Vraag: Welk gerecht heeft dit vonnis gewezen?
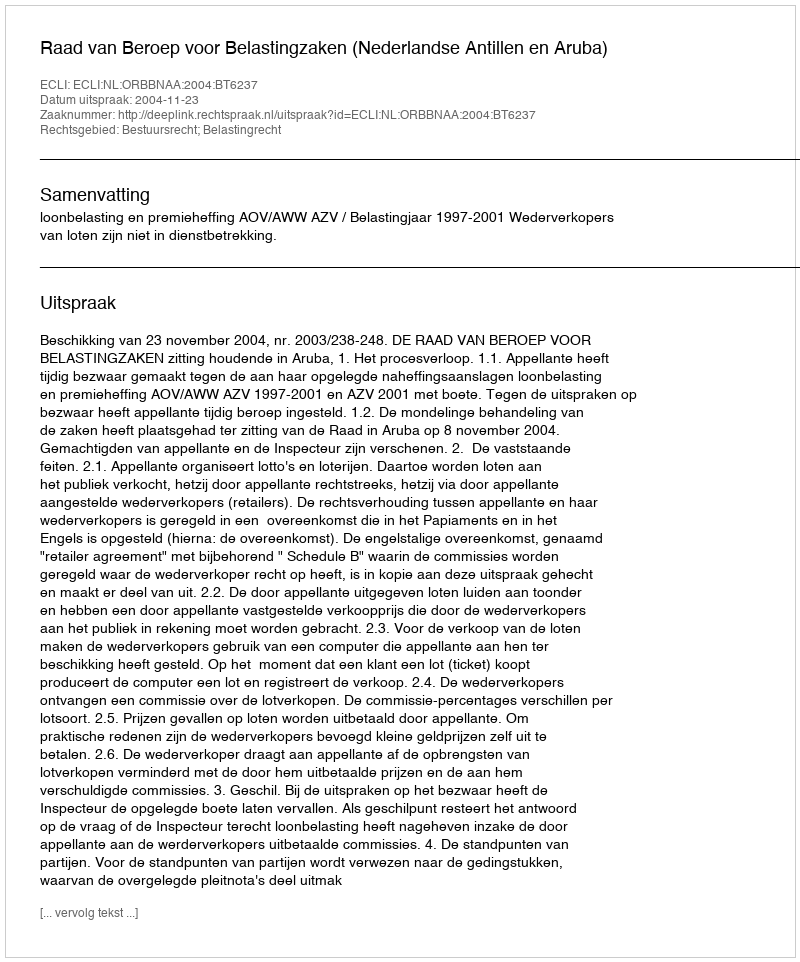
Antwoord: Raad van Beroep voor Belastingzaken (Nederlandse Antillen en Aruba)